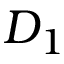
D _ { 1 }